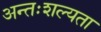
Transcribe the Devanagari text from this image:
अन्तःशल्यता